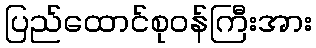
ပြည်ထောင်စုဝန်ကြီးအား